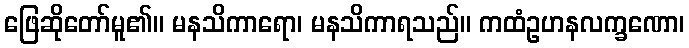
ဖြေဆိုတော်မူ၏။ မနသိကာရော၊ မနသိကာရသည်။ ကထံဥဟနလက္ခဏော၊